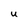
Character: U